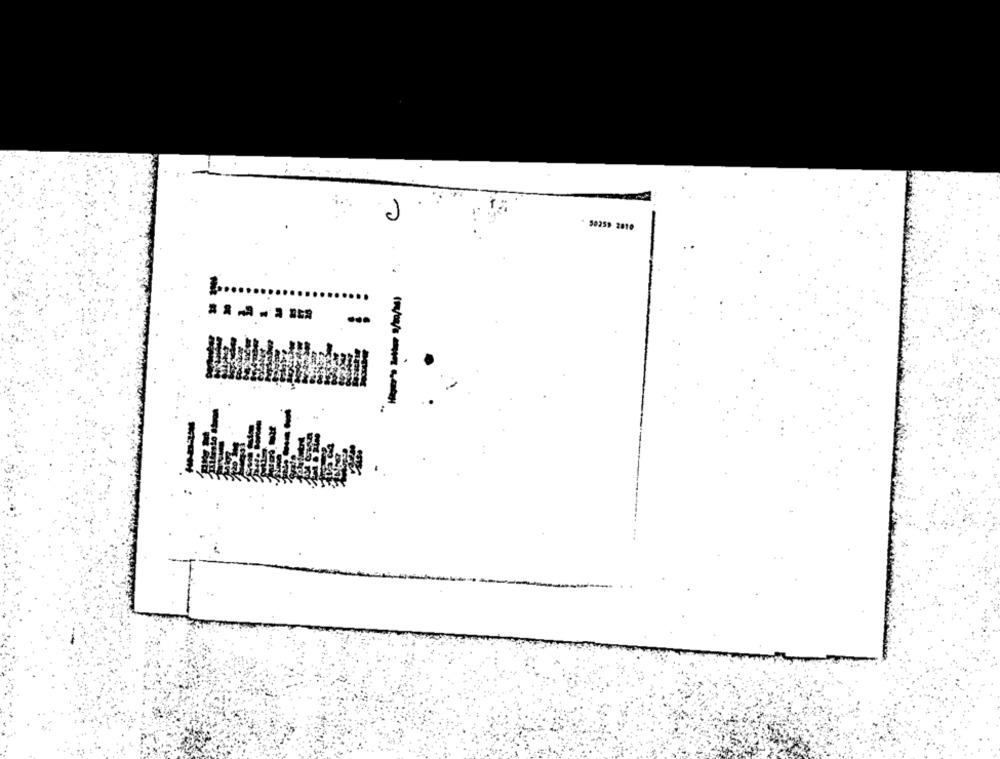
C
* 50259 2010
.....